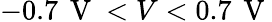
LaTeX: -0.7\, \mathrm{~V~}<V<0.7\, \mathrm{~V~}